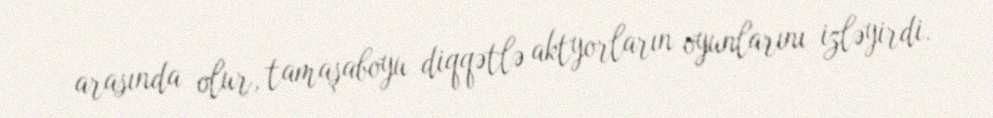
arasında olur, tamaşaboyu diqqətlə aktyorların oyunlarını izləyirdi.